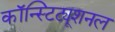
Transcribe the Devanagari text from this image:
कॉन्स्टिट्यूशनल